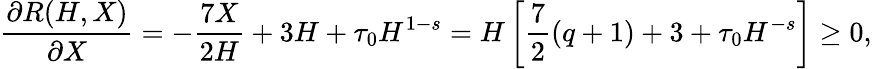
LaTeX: \frac{\partial R(H,X)}{\partial X}=-\frac{7X}{2H}+3H+\tau_{0}H^{1-s}=H\left[\frac 72(q+1)+3+\tau_{0}H^{-s}\right]\geq 0,